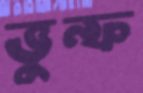
ভুল্ফ